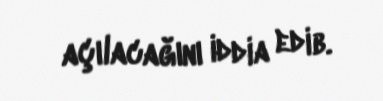
açılacağını iddia edib.